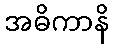
အဓိကာနိ